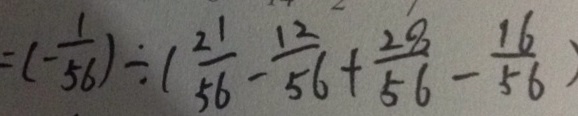
= ( - \frac { 1 } { 5 6 } ) \div ( \frac { 2 1 } { 5 6 } - \frac { 1 2 } { 5 6 } + \frac { 2 8 } { 5 6 } - \frac { 1 6 } { 5 6 } )